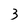
Character: 3